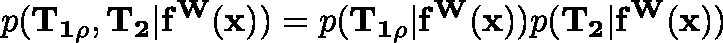
p ( \mathbf { T _ { 1 \rho } } , \mathbf { T _ { 2 } } | \mathbf { f ^ { W } ( x ) } ) = p ( \mathbf { T _ { 1 \rho } } | \mathbf { f ^ { W } ( x ) } ) p ( \mathbf { T _ { 2 } } | \mathbf { f ^ { W } ( x ) } )